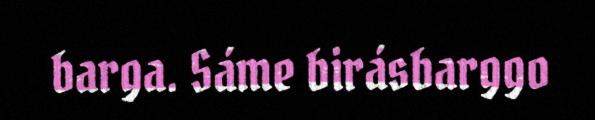
barga. Sáme birásbarggo